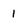
Character: 1